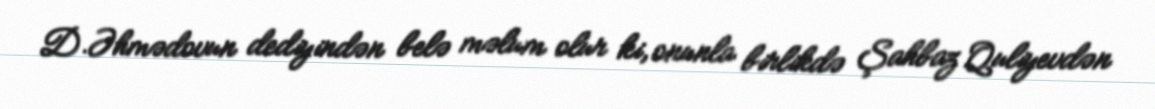
D.Əhmədovun dediyindən belə məlum olur ki, onunla birlikdə Şahbaz Quliyevdən